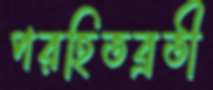
পরহিতব্রতী